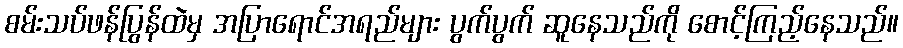
စမ်းသပ်ဖန်ပြွန်ထဲမှ အပြာရောင်အရည်များ ပွက်ပွက် ဆူနေသည်ကို စောင့်ကြည့်နေသည်။